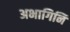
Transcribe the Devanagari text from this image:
अभागिनि